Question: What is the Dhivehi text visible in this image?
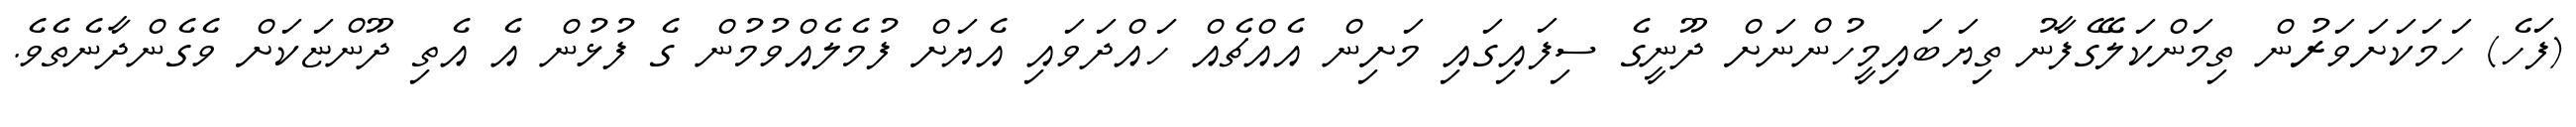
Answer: (ފަހެ) ހަމަކަށަވަރުން ތިމަންކަލޭގެފާނު ތިޔަބައިމީހުންނަށް ދޫނީގެ ސިފައިގައި މަށިން އެއްޗެއް ހައްދަވައި އެޔަށް ފުމެލެއްވުމުން ގެ ފުޅުން އެ އެތި ދޫންޏަކަށް ވެގެންދާނެތެވެ.